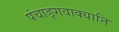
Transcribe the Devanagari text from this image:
पंचाङ्गवाक्यानि